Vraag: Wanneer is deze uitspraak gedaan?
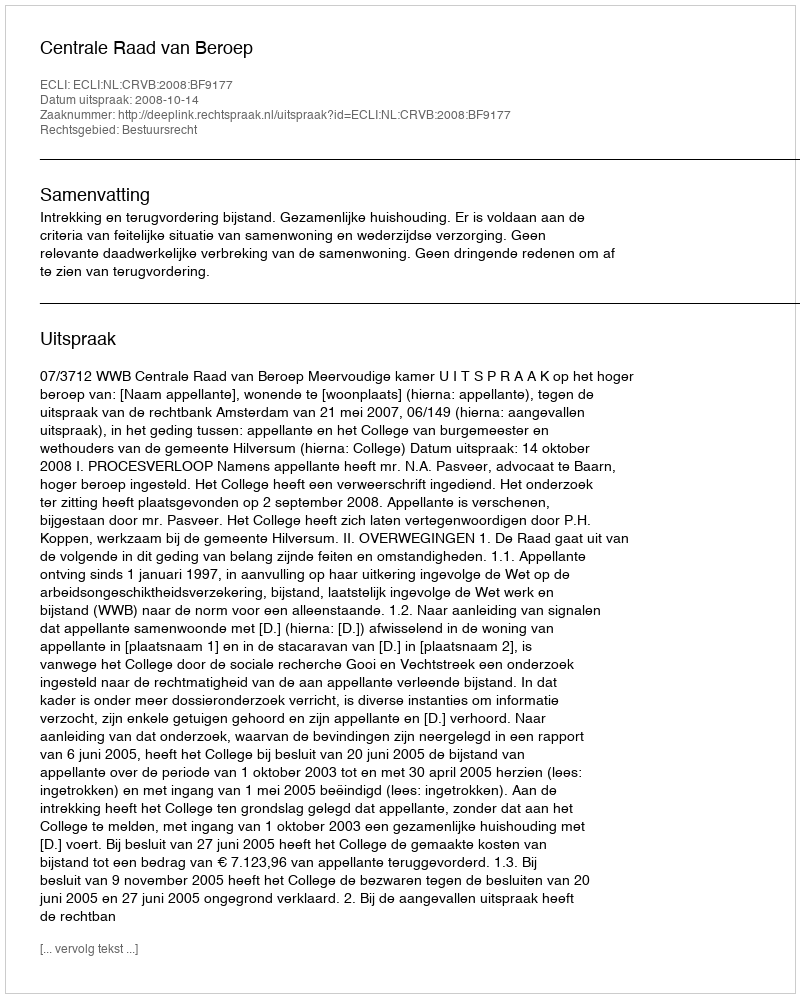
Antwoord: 2008-10-14